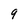
Character: 9